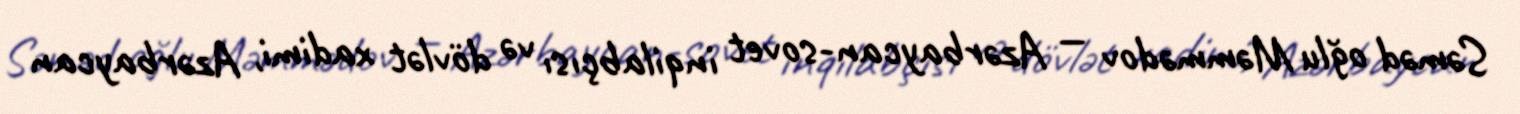
Səməd oğlu Məmmədov — Azərbaycan-sovet inqilabçısı və dövlət xadimi, Azərbaycan